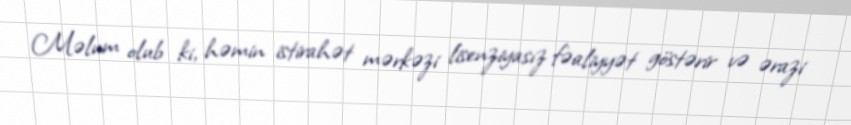
Məlum olub ki, həmin istirahət mərkəzi lisenziyasız fəaliyyət göstərir və ərazi